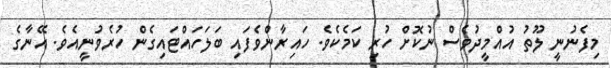
މިފެނުނީ ލޫތު އުއްމީދުވެސް ނުކޮށް ހުރި ކަމެކެވެ. ހައިރާންވެފައި ބަލަހައްޓައިގެން ހުރެވުނީއެވެ. އޭނާގެ